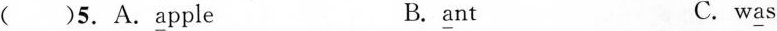
( )5.A. \underline{a}pple B. \underline{a}nt C.w \underline{a}s